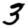
Digit: 3